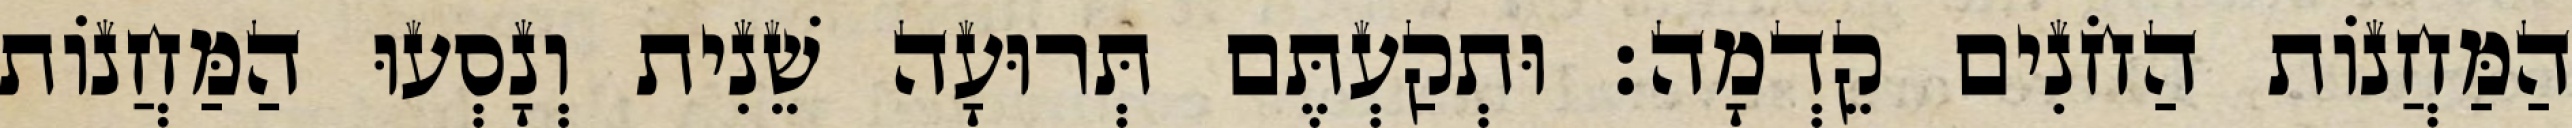
הַמַּחֲנוֹת הַחֹנִים קֵדְמָה׃ וּתְקַעְתֶּם תְּרוּעָה שֵׁנִית וְנָסְעוּ הַמַּחֲנוֹת